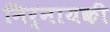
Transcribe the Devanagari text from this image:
निर्नायकी